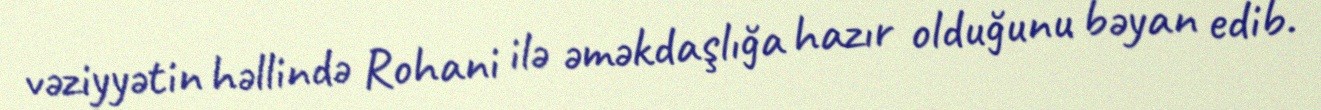
vəziyyətin həllində Rohani ilə əməkdaşlığa hazır olduğunu bəyan edib.